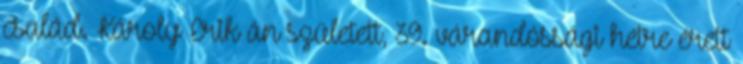
család. Károly Erik án született, 39. várandóssági hétre érett